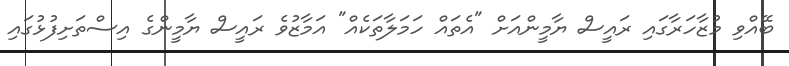
ބޭއްވި މުޒާހަރާގައި ރައީސް ޔާމީންއަށް "އެތައް ހަމަލާތަކެއް" އަމާޒުވެ ރައީސް ޔާމީންގެ އިސްތަށިފުޅުގައި